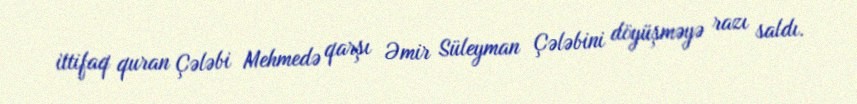
ittifaq quran Çələbi Mehmedə qarşı Əmir Süleyman Çələbini döyüşməyə razı saldı.